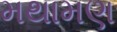
મથામણ